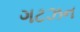
ગટઝન